Bréfritari: Friðgeir Olgeirsson
Viðtakandi: Einar Friðgeirsson
Dagsetning: A-1881-01-09
Skrifað á: Garði  S-Þing.
Faðir Einars

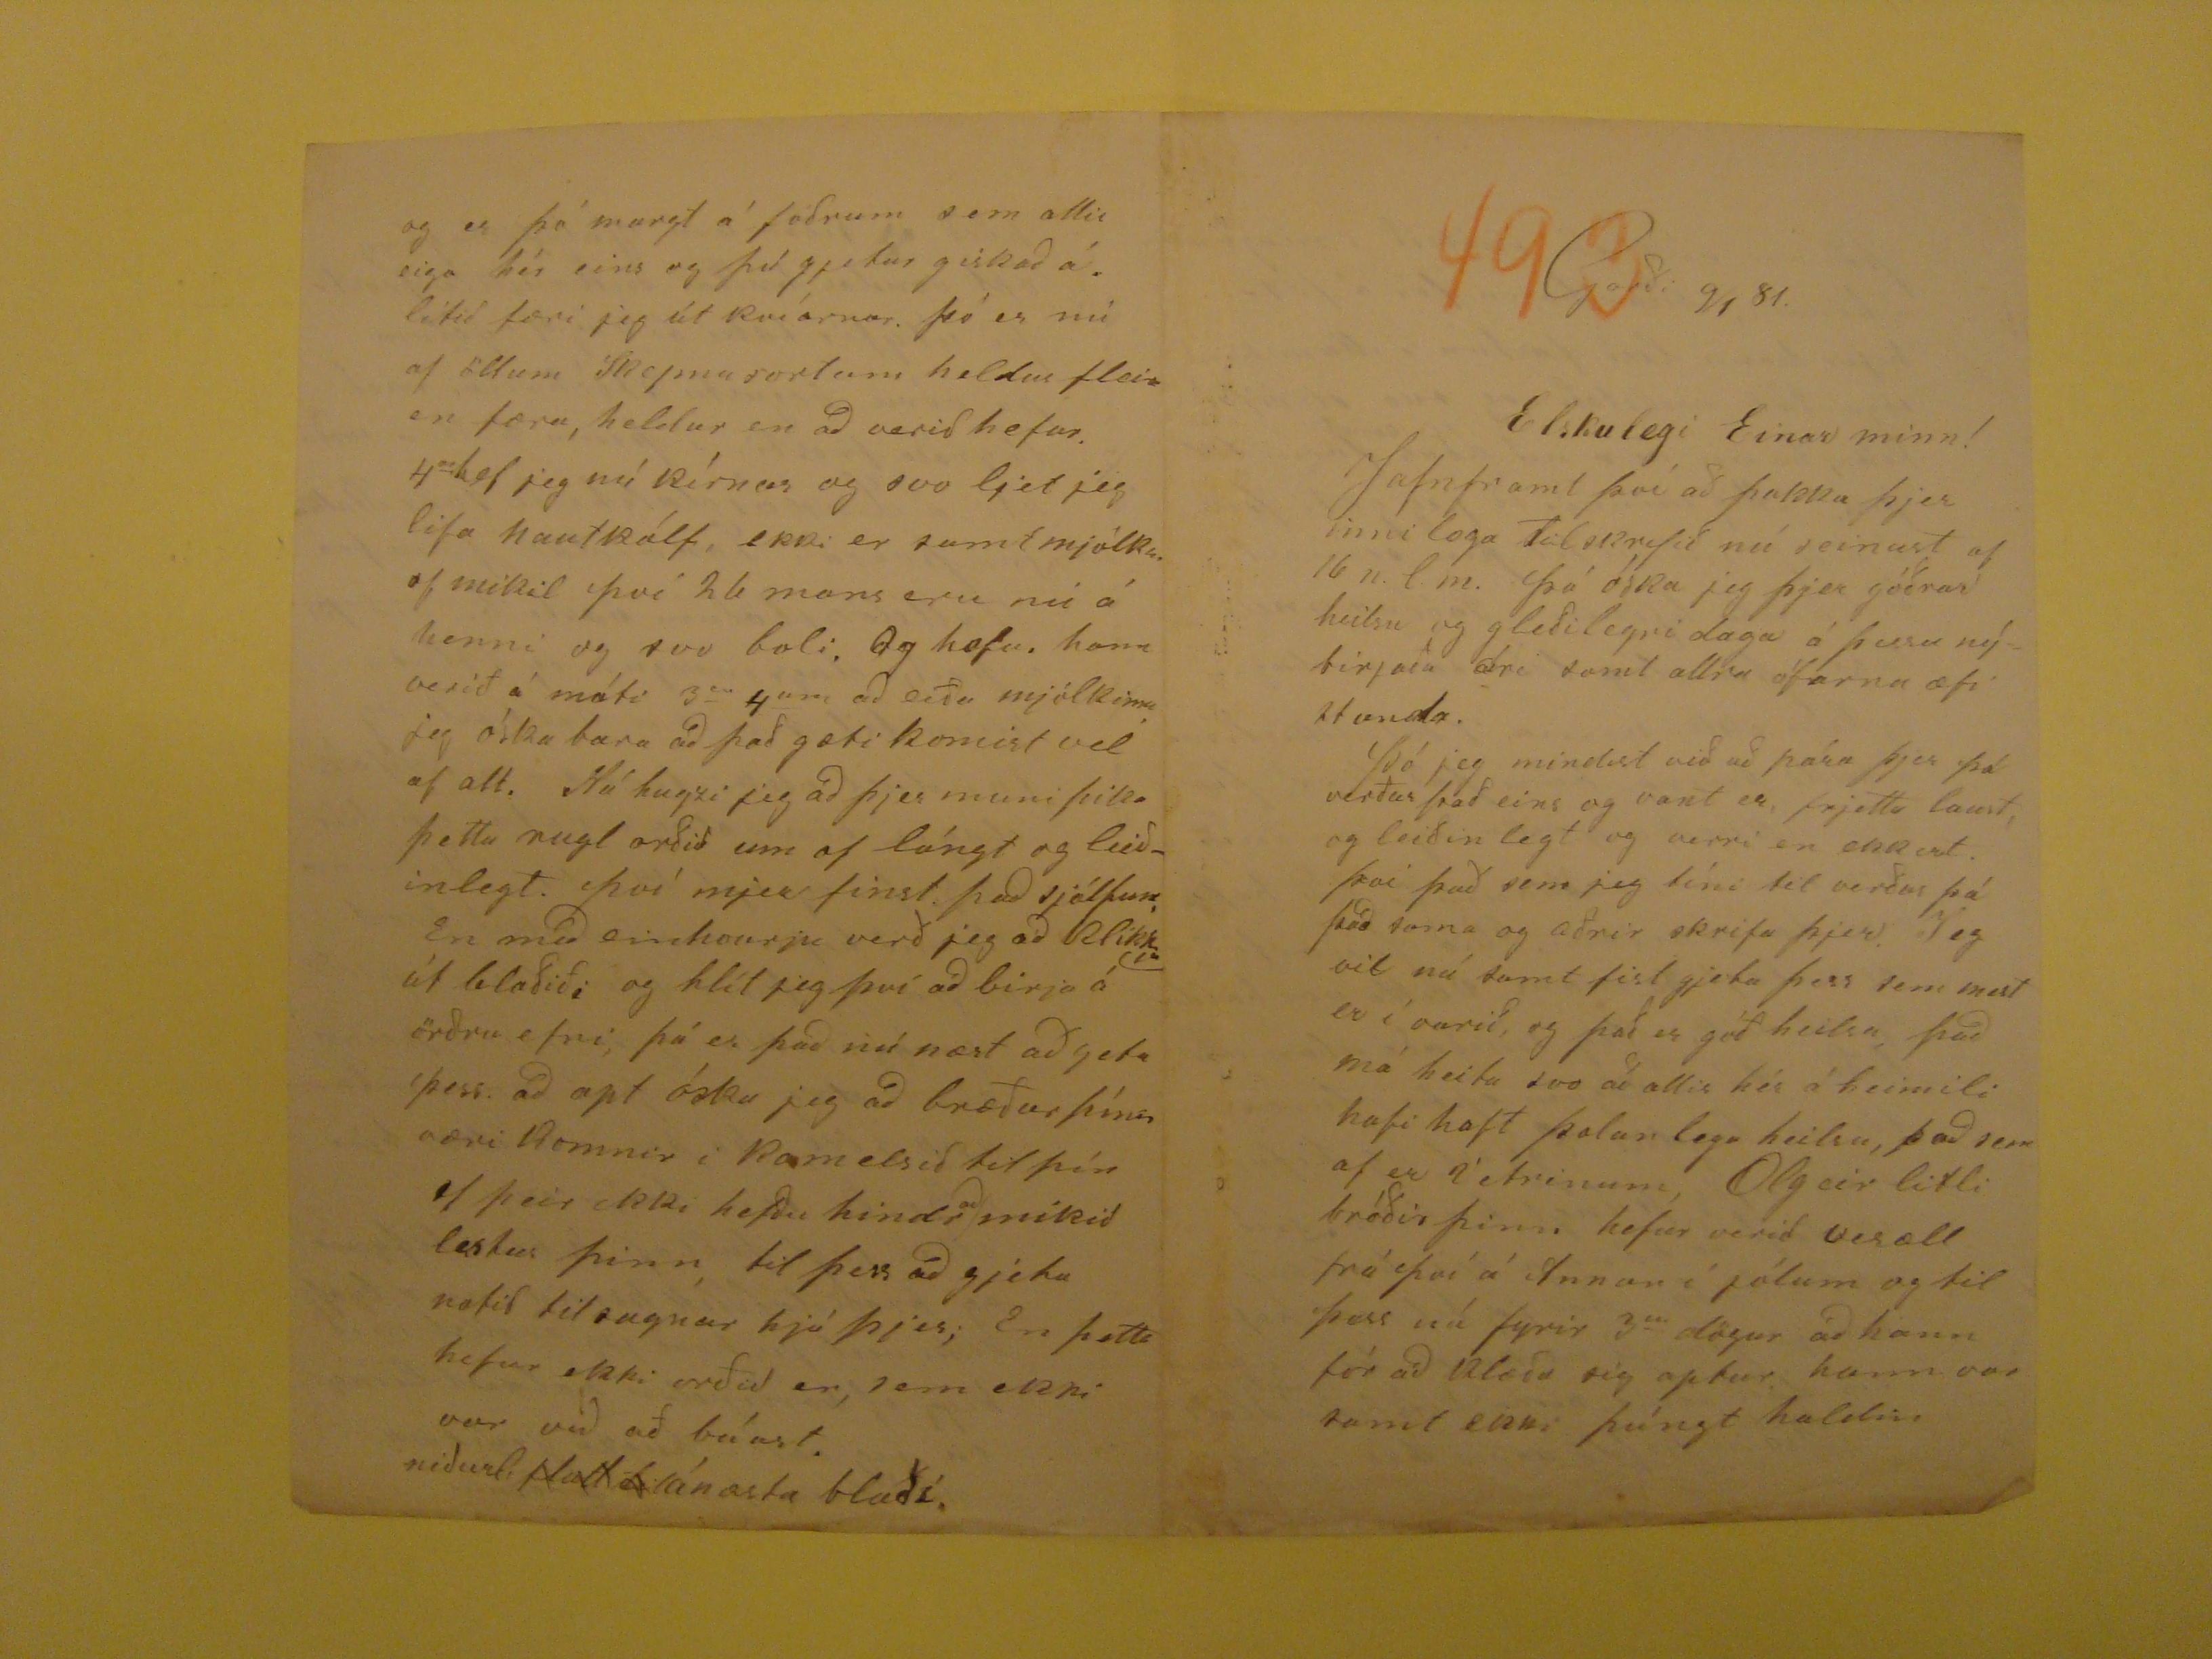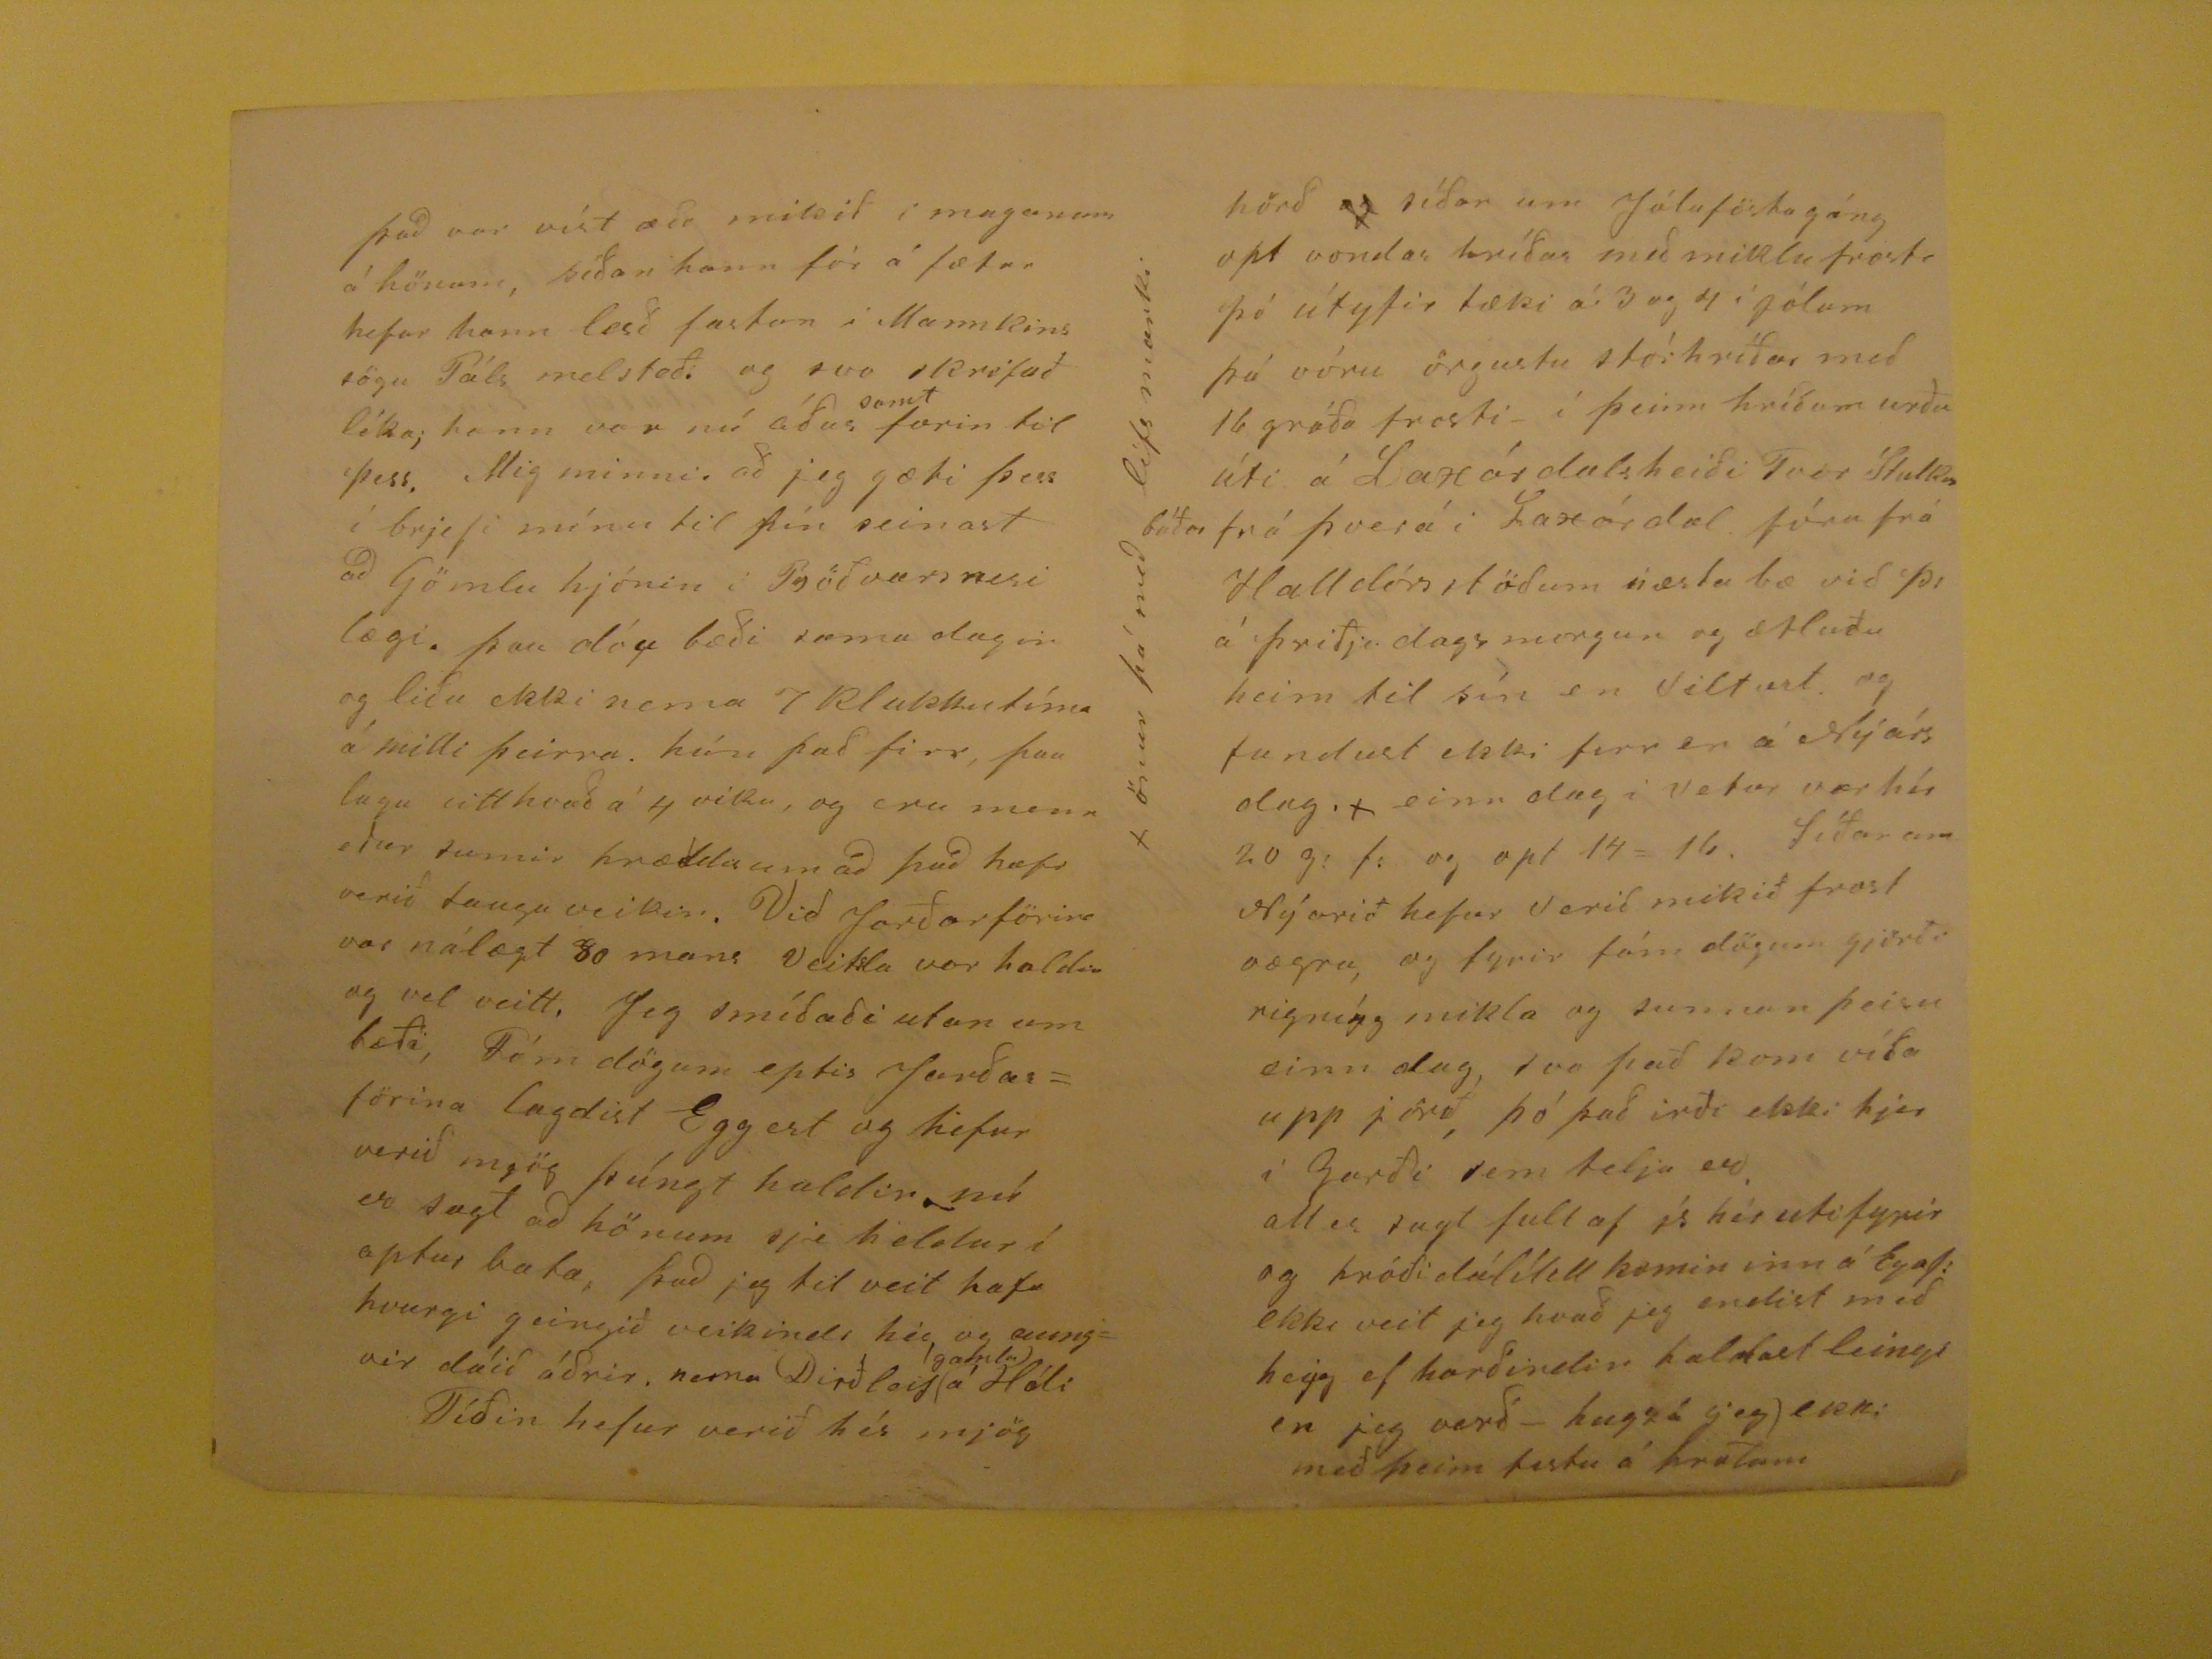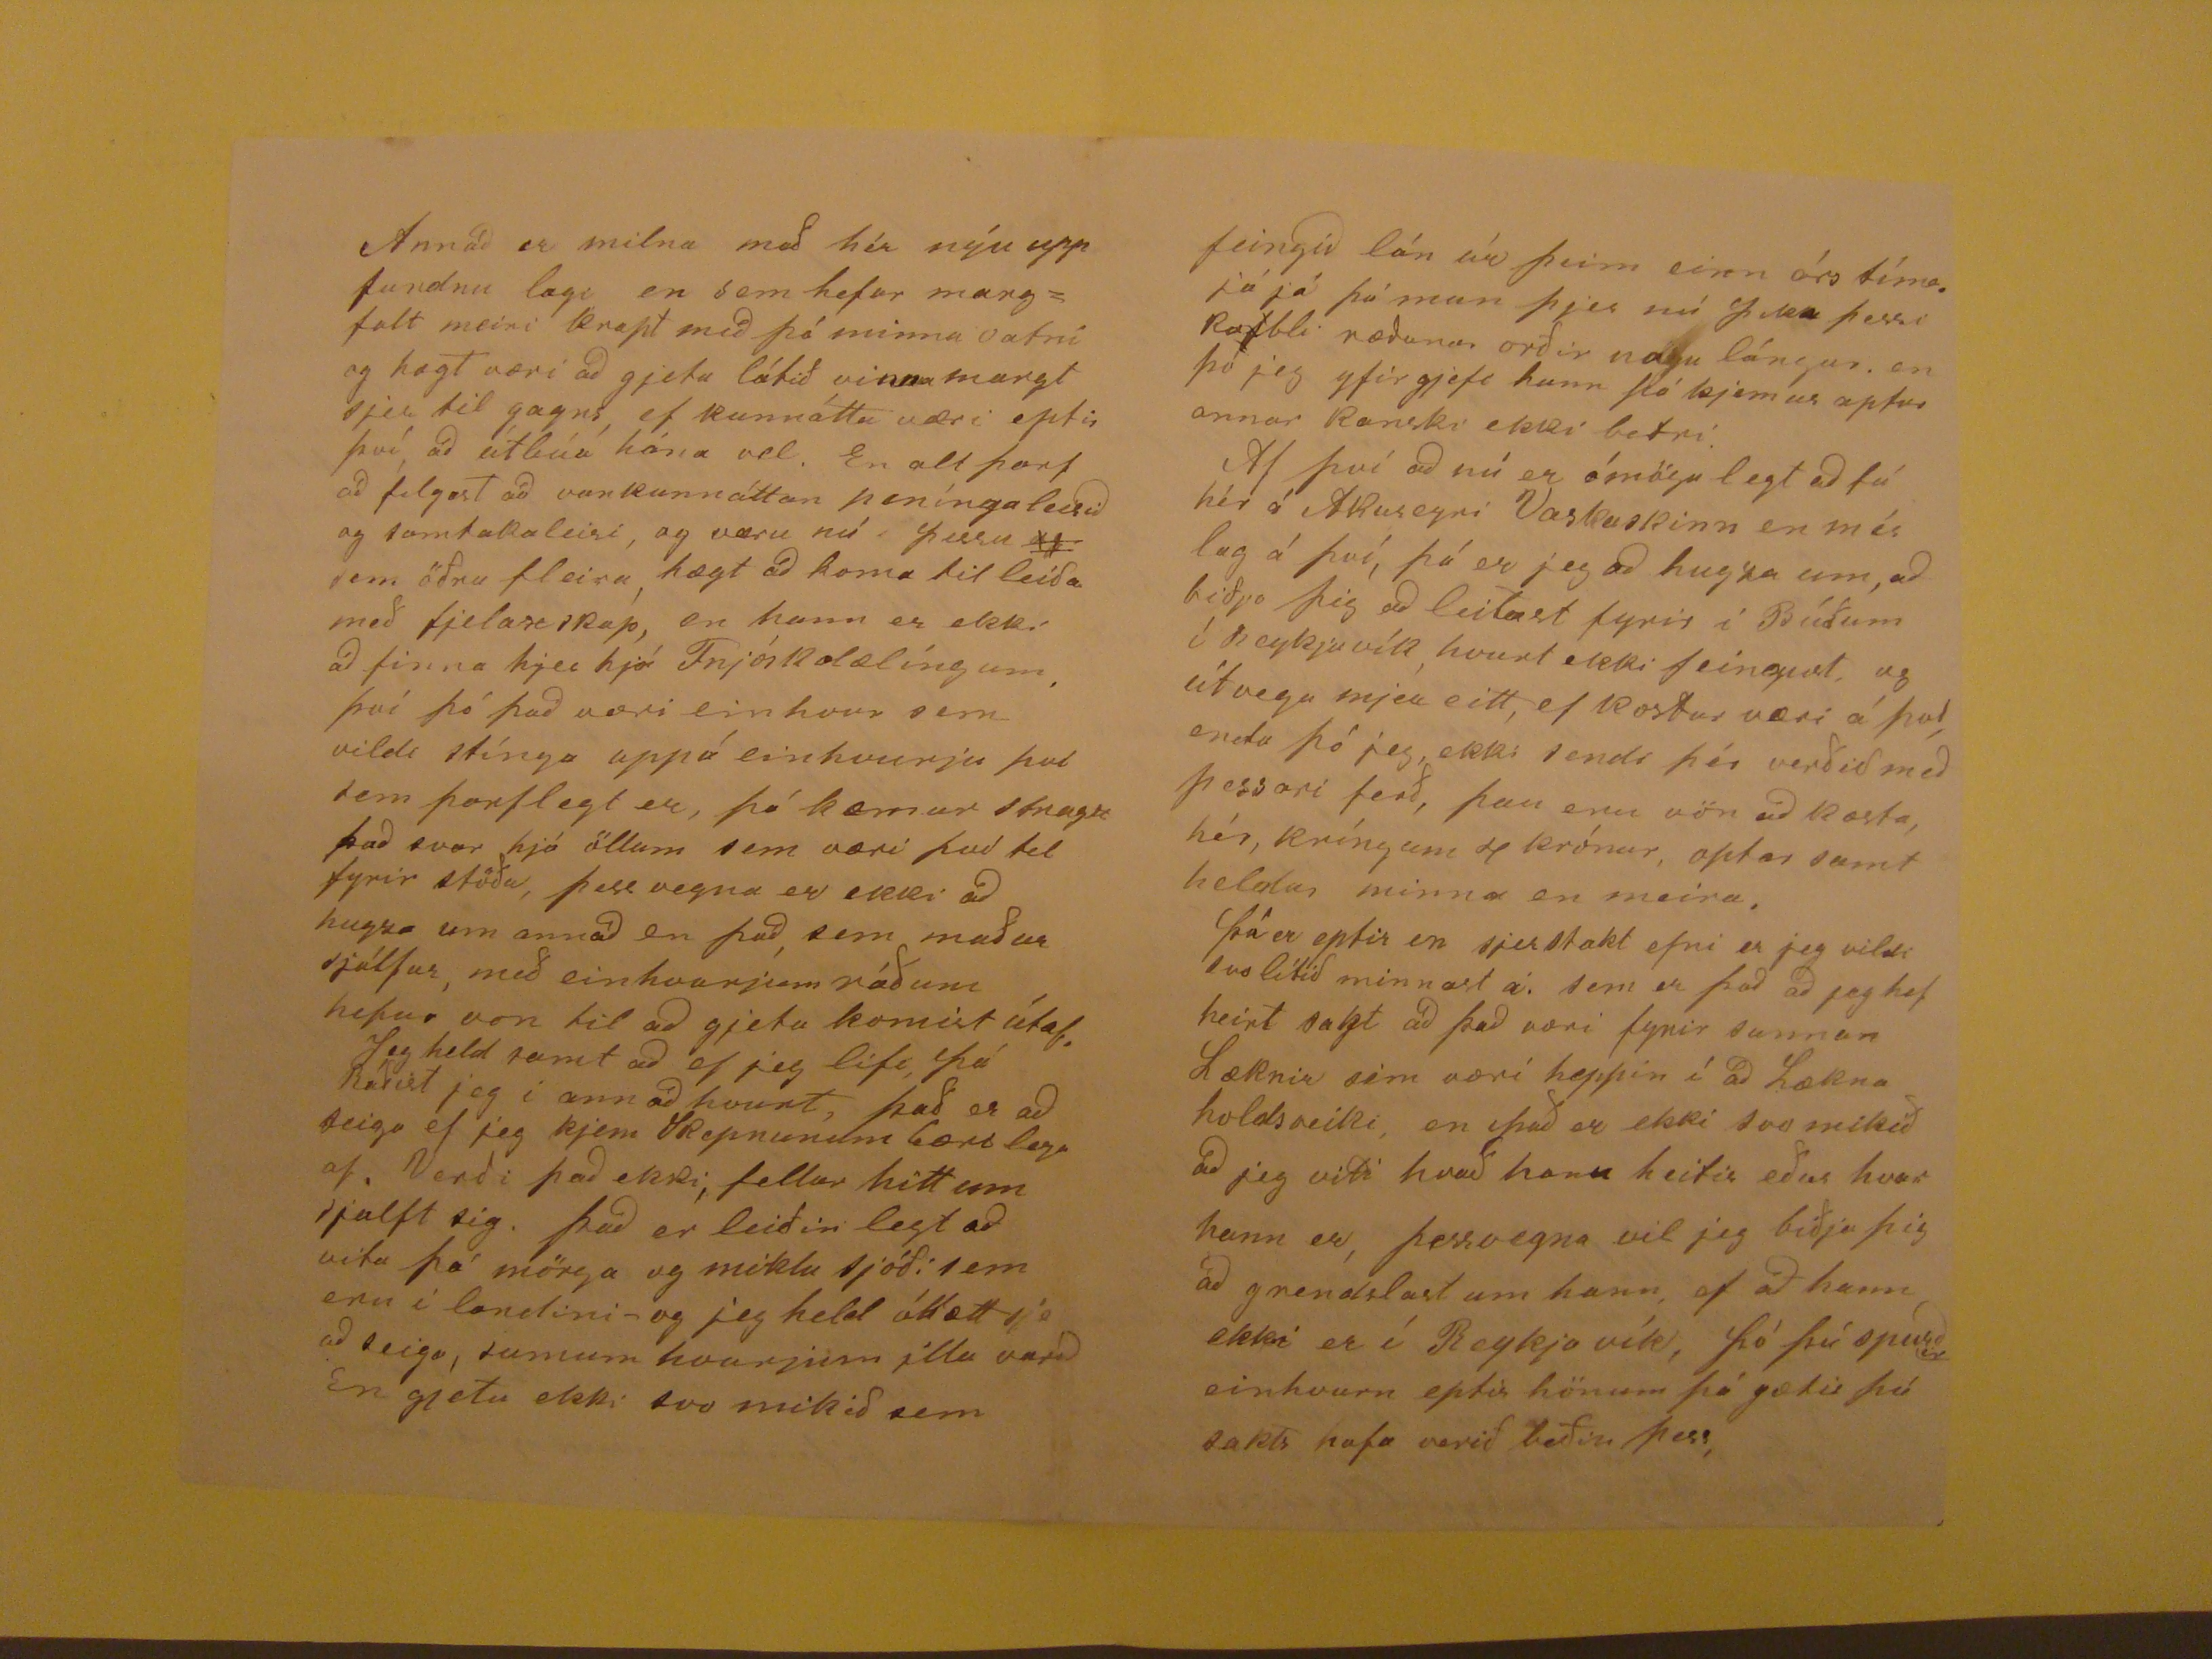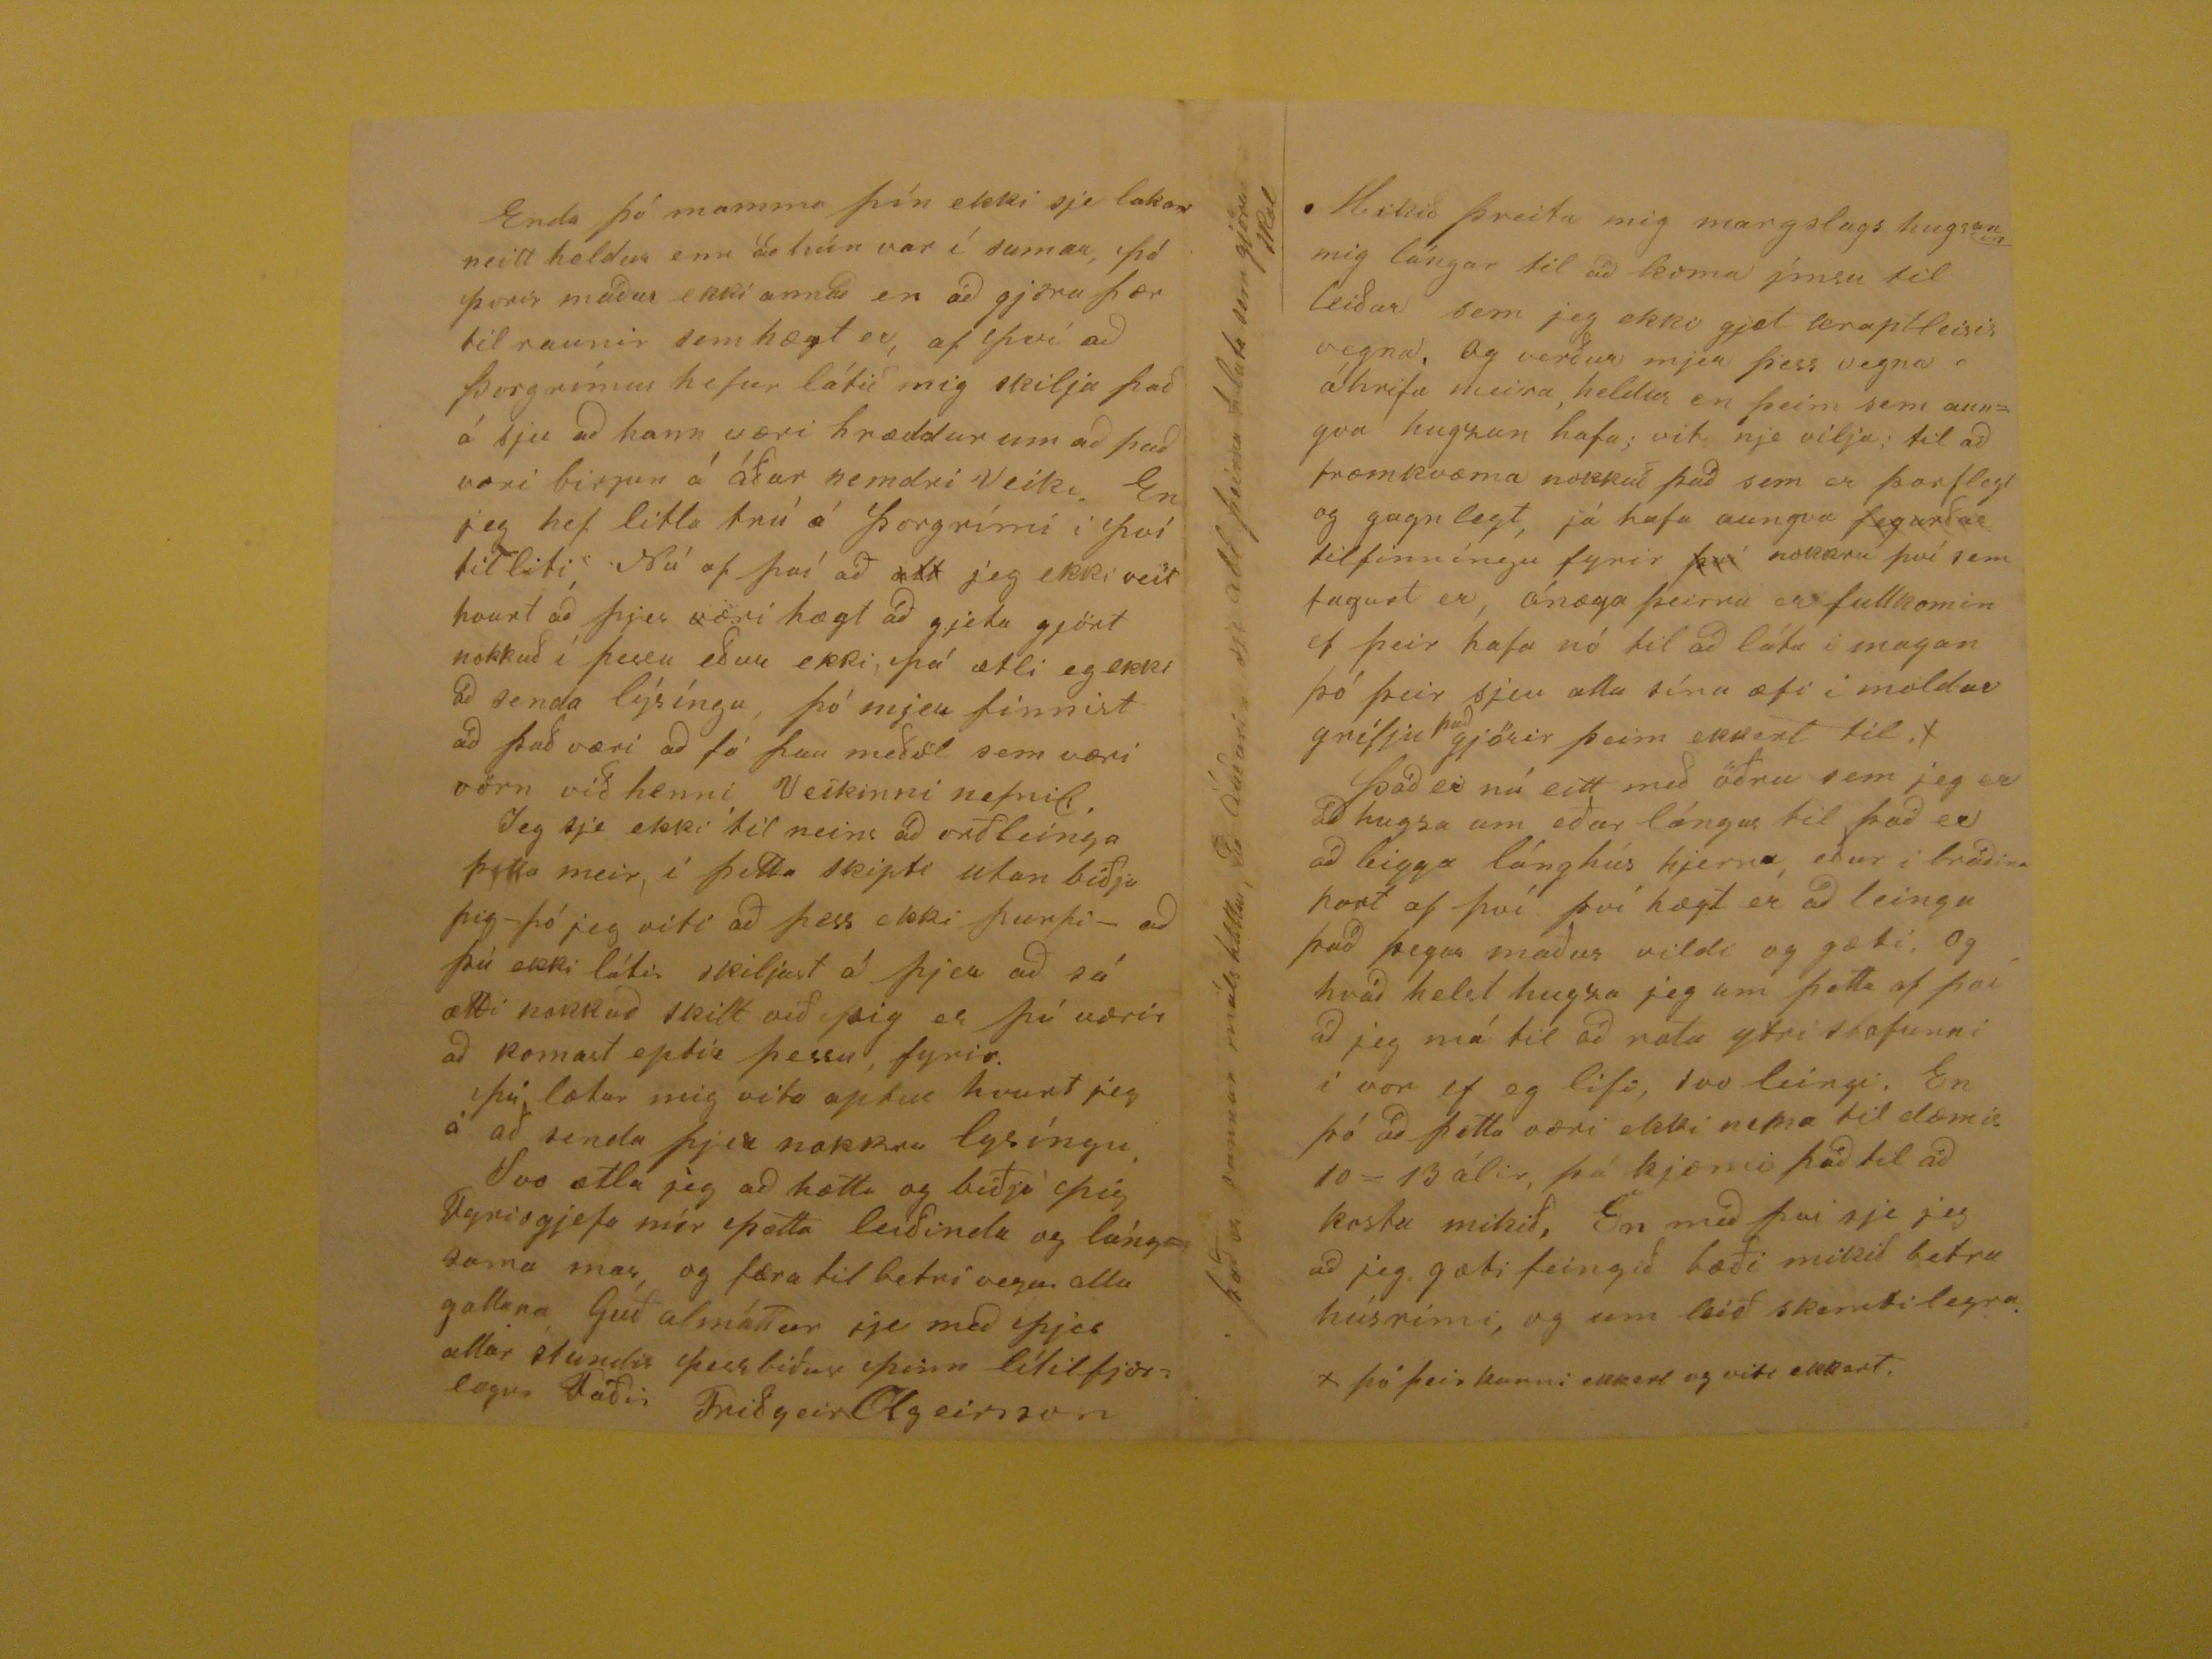

Garði 9/1 81.
Elskulegi Einar minn!
Jafnframt því að þakka þjer innilega tilskrifið nú seinast af 16 n.l.m. Þá óska jeg þjer góðrar heilsu og gleðilegri daga á þessu nýbirjaða ári samt allra ófarna æfi
stunda. Þó jeg mindist við að pára þjer þá verður það eins og vant er, frjetta laust, og leiðin legt og verri en ekkert. því það sem jeg tíni til verður þá það sama og aðrir
skrifa þjer. Jeg vil nú samt fist gjeta þess sem mest er í varið, og það er góð heilsa, það má heita svo að allir hér á heimili hafi haft þolanlega heilsu, það sem af er
Vetrinum, Olgeir litli bróðir þinn hefur verið vesæll frá því á Annan í jólum og til þess nú fyrir 3
ur
dögur að hann fór að klæða sig aptur hann var samt ekki þúngt haldin
það var víst
svo
mikið í maganum á hönum, síðan hann fór á fætur hefur hann lesð fastan í Mannkinssötu Páls melsteð. og svo skrifað
líka; hann var nú áður
samt
farin til þess. Mig minnir að jeg gæti þess í brjefi mínu til þín seinast að Gömlu hjónin
í Böðvarsnesi lægi. þau dóu bæði sama dagin og liðu ekki nema 7 klukkutíma á milli þeirra. hún það firr, þau lugu eitthvað á 4 viku, og eru menn eður sumir
hræddir um að það hafi verið tauga veikin. Við Jarðarförina var nálægt 80 mans Veitsla var haldin og vel veitt. Jeg smíðaði utan um bæði,
Fóm
dögum eptir Jarðarförina lagdist Eggert og hefur verið mjög þúngt haldin nú er sagt að hönum sje heldur í aptur bata, það jeg til veit hafa hvurgi geingið veikindi
hig
og aungvir dáið áðrir. nema Dirðleig
gamla
á Hóli Tíðin hefur verið hér mjög
hörð
og
síðan um Jólaföstugáng opt vondar hríðar með miklu frosti þó út yfir tæki á 3 og 4 í jólum þá vóru
örgustu stórhríðar með 16 gráðu frosti _ í þeim hríðum urðu úti á Laxárdalsheiði Tvær Stulkur báðar frá Þverá i Laxárdal. fóru frá Halldórsstöðum næsta bæ við
Þ: á þriðjudagsmorgun og ætluðu heim til sín en viltust og fundust ekki firr en á Nýárs dag. x einn dag í vetur var hér 20 g: f: og opt 14 - 16. Síðar um Nýarið hefur
verið mikið frost vægra, og fyrir fám dögum gjörði rigníng mikla og sunnan þeisu einn dag, svo það kom víða upp jörð, þó það irði ekki hjer í Garði sem telja
ero
. alt er sagt fult af ís hér uti fyrir og hróði dálítill komin inn á Eyaf: ekki veit jeg hvað jeg endist með heyg ef harðindin haldast leingi en
jeg varð - hugsa jeg) ekki með þeim festu á þrotum
x önur þá með lífs marki
og er þó margt á fóðrum sem allir eiga hér eins og þú gjetur giskað á lítið færi jeg út kvíarnar. þó er nú af öllum Skepnusortum heldur fleir en færu, heldur en að
verið hefur. 4
ar
hef jeg nú Rírnar og svo ljet jeg lifa nautkálf, ekki er samt mjólku. of mikil því 26 mans
eru nú á henni og svo boli. Og hefur hann verið á móti 3
en
4
um að eiða mjólkinni jeg óska bara að það gæti komist vel af alt. Nú hugsi jeg að þjer muni þika þetta rugl orðið umof lánt og leiðinlegt. því mjer finst
það sjálfum En með einhvurju verð jeg að klikka út blaðið; og hlít jeg því að birja á örðru efni, þá er það nú næst að geta þess að opt óska jeg að bræður þínir
væri komnir í kamelsið til þín ef þeir ekki hefðu hindr
að
mikið lestur þinn, til þess að gjeta notið til
augnar hjá þjer; En þetta hefur ekki orðið er, sem ekki var við að búast. niðurl:
flutt til
á næsta blaði.
Annað er milna með hér nýu upp fundnu lagi en sem hefur margfalt meiri krapt með þá minna
safni
og hægt væri að gjeta látið vinna
margt sjer til gagns, ef kunnátu væri eptir því að útbúa hána vel. En alt þarf að filgast að vankunnáttan peníngaleisið og samtakaleisi, og væru nú þessu
og
sem öðru fleiru, hægt að koma til leiða með fjelaxskap, en hann er ekki að finna hjer hjá Fnjóskadælíng um því
þó það værieinhvur sem vildi stínga uppá einhvurju því sem þarflegt er, þó kemur stragx það svar hjá öllum sem væri því tel fyrir stöðu, þess vegna er ekki að hugsa
um annað en það, sem maður sjálfur, með einhvurjum ráðum hefur von til að gjeta komist útaf. Jeg held samt að ef jeg lifi, þá Ráðist jeg í annað hvurt, það er að
seiga ef jeg kjem Skepnunum bærilega af. Verði það ekki, fellur hitt um sjalft sig. Það er leiðin legt að vita þá mörga og miklu sjóði sem eru í londini - og jeg held
áttætt sje að seiga, sumum hvurjum illu varð En gjetu ekki svo mikið sem
feingið lán úr þeim einn árs tíma. já já þá mun þjer nú þika þessi Ra
f
bli ræðunar orðir nogu lángur. en þó jeg yfirgjefe
hann þá kjemur aptur annar Kanski ekki betri. Af því að nú er ómögulegt að fá hér á Akureyri Vaskurkinn en mér lag á því, þá er jeg að hugsa um, að biðja þig að
leitast fyrir í Búðum í Reykjavík, hvurt ekki feingust, og útvega mjer eitt, ef kostur væri á það, enda þó jeg, ekki sendi þér verðið með þessari ferð, þau eru vön að
kosta, hér, kríngum 4 krónur, optar samt heldur minna en meira. Þá er eptir en sjerstakt efni en jeg vildi svo lítið minnast á. sem er það að jeg hef heirt sagt að það
væri fyrir sunnan Læknir sem væri heppin í að Lækna holdsveiki, en það er ekki svo mikið að jeg viti hvað hana heitir eður hvar hann er, þessvegna vil jeg biðja þig
að grendslast um hann, ef að hann ekki er í Reykjavík, þó þú spurðir einhvurt eptir hönum þá gætir þú sakts hafa verið beðin þess,
Mikið þreita mig margslags hugsanir mig lángar itl að koma ýmsu til leiðar sem jeg ekki gjet kraptleisis vegna, Og verður mjer þess vegna áhrifa meira, heldur en
þeim sem aungva hugzun hafa; vit nje vilja; til að framkvæma nokkuð það sem er þarflegt og gagnlegt, já hafa aungva
jeg
urðar tilfinníngu fyrir
því
nokkru því sem fagurt er, ánæga þeirra er fullkomin ef þeir hafa nó til að láta í magan
þó þeir sjeu alla sína æfi í moldar grifju
það
gjörir þeim ekkert til, x Það er nú eitt með öðru sem jeg er að hugza
um eður lángar til það er að bigga lánghús hjerna, eður í bráðina port af því því hægt er að leinga það þegar maður vildi og gæti. Og hvað helst hugza jeg um þetta
af því að jeg má til að nota ytri stofunni í vor ef eg lifi, svo leingi. En þó að þetta væri ekki nema til dæmis 10-13 álir, þá kjæmi það til að kosta mikið, En með því sje
jeg að jeg gæti feingið bæði mikið betra húsrimi, og umleið skemtilegra
x þó þeir kunni ekkert og viti ekkert.
það er sannur málsháttur, að auðari sje all þeirra hluta sem gjöra skal
Enda þó mamma þín ekki sje lakar neitt heldur enn að hún var í sumar, þó þorir maður ekki annað en að gjöra þær til raunir sem hægt er, af því að Þorgrímur
hefur látið mig skilja það á sju að hann væri hræddur um að það væri birjun á áður nemdri Veiki. En jeg hef litla trú á Þorgrími í því tilliti, Nú af því að
rend="overstrike">alt
jeg ekki veit hvurt að þjer væri hægt að gjeta gjört nokkuð í þessu eður ekki, þá ætli eg ekki að senda lýsíngu, þó mjer finnist að það
væri að fá þau meðöl sem væri vörn við henni Veikinni nefnil. Jeg sje ekki til neins að orðleinga þetta meir, í þetta skipti utan biðja þig - þó jeg viti að þess ekki þurfi
- að þú ekki látir skiljast á þjer að sá ætti nokkuð skilt við þig er þú værir að komast eptir þessu, fyrir. Þú lætur mig vita aptur hvurt jeg á að senda þjer nokkra
lysíngu, Svo ætla jeg að hætta að biðja þig Fyrirgjefa mér þetta leiðinda og lángsama mas, og færa til betri vegar alla gallana Guð almáttur sje með þjer allar stundir
þess biður þinn lítilfjörlegur Faðir Friðgeir Olgeirsson